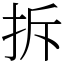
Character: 拆